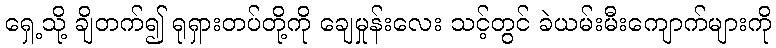
ရှေ့သို့ ချိတက်၍ ရုရှားတပ်တို့ကို ချေမှုန်းလေး သင့်တွင် ခဲယမ်းမီးကျောက်များကို